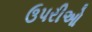
ઉપરીઓ